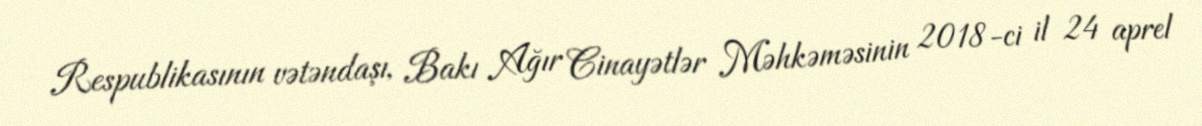
Respublikasının vətəndaşı, Bakı Ağır Cinayətlər Məhkəməsinin 2018-ci il 24 aprel